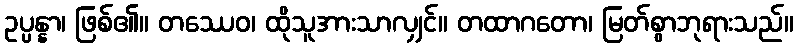
ဥပ္ပန္နာ၊ ဖြစ်၏။ တဿေဝ၊ ထိုသူအားသာလျှင်။ တထာဂတော၊ မြတ်စွာဘုရားသည်။